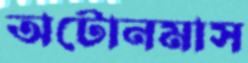
অটোনমাস